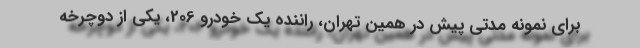
برای نمونه مدتی پیش در همین تهران، راننده یک خودرو 206، یکی از دوچرخه